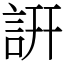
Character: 詽